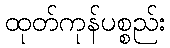
ထုတ်ကုန်ပစ္စည်း